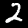
Label: 2